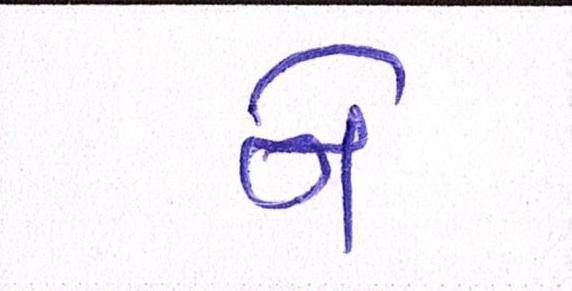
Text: ને